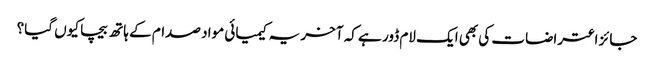
جائز اعتراضات کی بھی ایک لام ڈور ہے کہ آخر یہ کیمیائی مواد صدام کے ہاتھ بیچا کیوں گیا؟